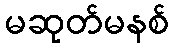
မဆုတ်မနစ်